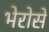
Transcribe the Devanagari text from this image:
भेरोसे